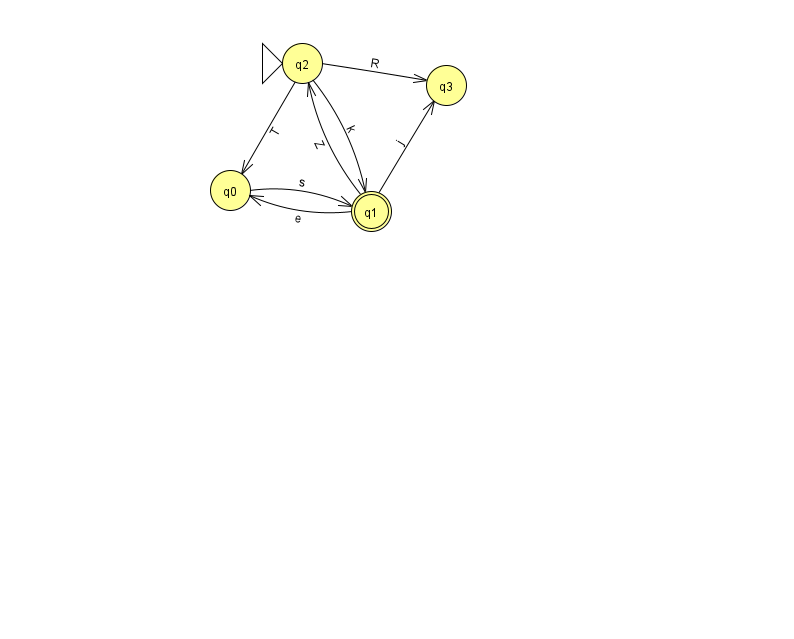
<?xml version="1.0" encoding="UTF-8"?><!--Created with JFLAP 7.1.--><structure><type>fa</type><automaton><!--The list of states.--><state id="0" name="q0"><x>230.0</x><y>177.0</y></state><state id="1" name="q1"><x>371.0</x><y>198.0</y><final/></state><state id="2" name="q2"><x>302.0</x><y>50.0</y><initial/></state><state id="3" name="q3"><x>446.0</x><y>72.0</y></state><!--The list of transitions.--><transition><from>2</from><to>3</to><read>R</read></transition><transition><from>2</from><to>0</to><read>T</read></transition><transition><from>0</from><to>1</to><read>s</read></transition><transition><from>1</from><to>2</to><read>Z</read></transition><transition><from>1</from><to>0</to><read>e</read></transition><transition><from>2</from><to>1</to><read>k</read></transition><transition><from>1</from><to>3</to><read>j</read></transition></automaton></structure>